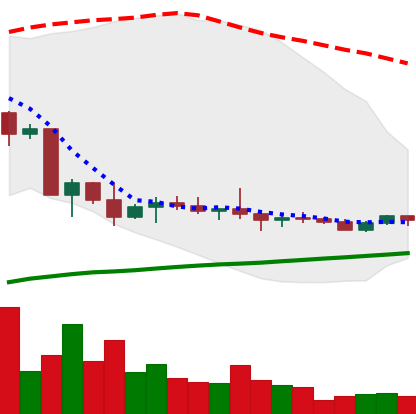
Ticker: ETC-USD
Chart end date: 2022-10-05
Forward return: -12.337%
Label: down_7plus